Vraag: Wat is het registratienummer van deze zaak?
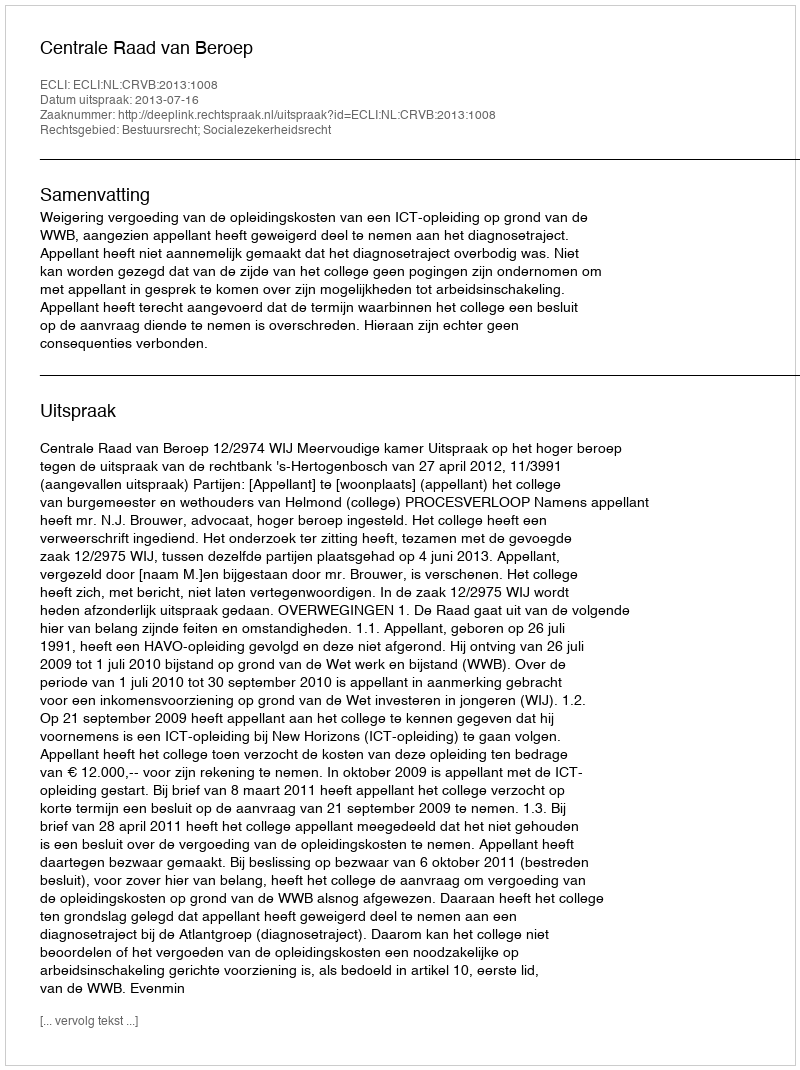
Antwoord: http://deeplink.rechtspraak.nl/uitspraak?id=ECLI:NL:CRVB:2013:1008